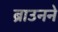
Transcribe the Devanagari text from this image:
ब्राउनने